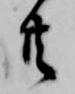
共